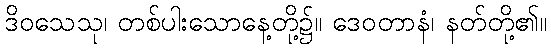
ဒိဝသေသု၊ တစ်ပါးသောနေ့တို့၌။ ဒေဝတာနံ၊ နတ်တို့၏။